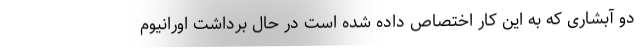
دو آبشاری که به این کار اختصاص داده شده است در حال برداشت اورانیوم